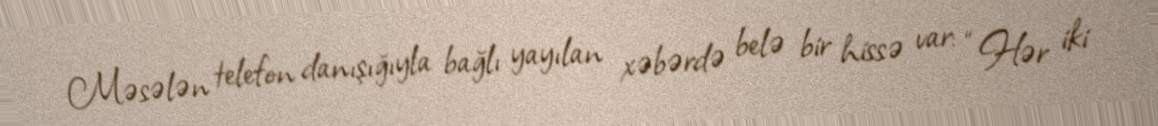
Məsələn telefon danışığıyla bağlı yayılan xəbərdə belə bir hissə var: “Hər iki